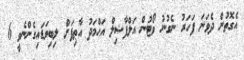
އެގޮތުން ދެވަނަ ފަހަރު ނެގުނު ވޯޓުން އަލްފާޟިލް އަޙްމަދު އާޠިފަށް ލިބިވަޑައިގެންނެވީ 6